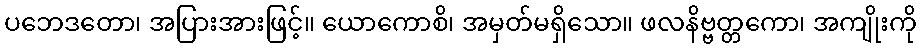
ပဘေဒတော၊ အပြားအားဖြင့်။ ယောကောစိ၊ အမှတ်မရှိသော။ ဖလနိဗ္ဗတ္တကော၊ အကျိုးကို